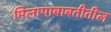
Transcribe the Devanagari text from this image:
मिलापाबाबतीतील